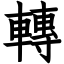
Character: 轉